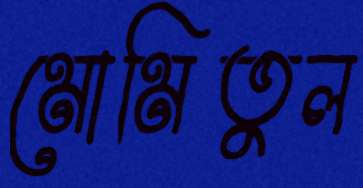
মোমিতুল